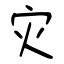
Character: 灾